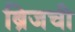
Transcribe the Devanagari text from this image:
ब्रिजची